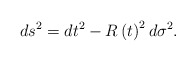
\begin{align*}ds^2=dt^2-R\left( t\right) ^2d\sigma ^2. \end{align*}